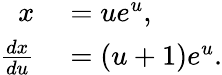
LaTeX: \begin{array}{rl}{x}&{{}=ue^{u},}\\ {{\frac{dx}{du}}}&{{}=(u+1)e^{u}.}\end{array}